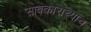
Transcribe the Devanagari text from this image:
सावकाराच्याच